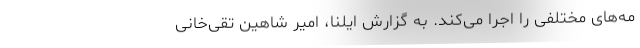
مه‌های مختلفی را اجرا می‌کند. به گزارش ایلنا، امیر شاهین تقی‌خانی